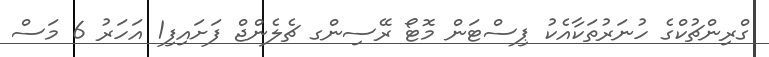
ގްރިންޗުކްގެ ހުނަރުތަކާއެކު ޕިސްޓަން މޮޓޯ ރޭސިންގ ޗެލެންޖް ފަށައިފި1 އަހަރު 6 މަސް